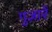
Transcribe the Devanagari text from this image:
गुज़ारें